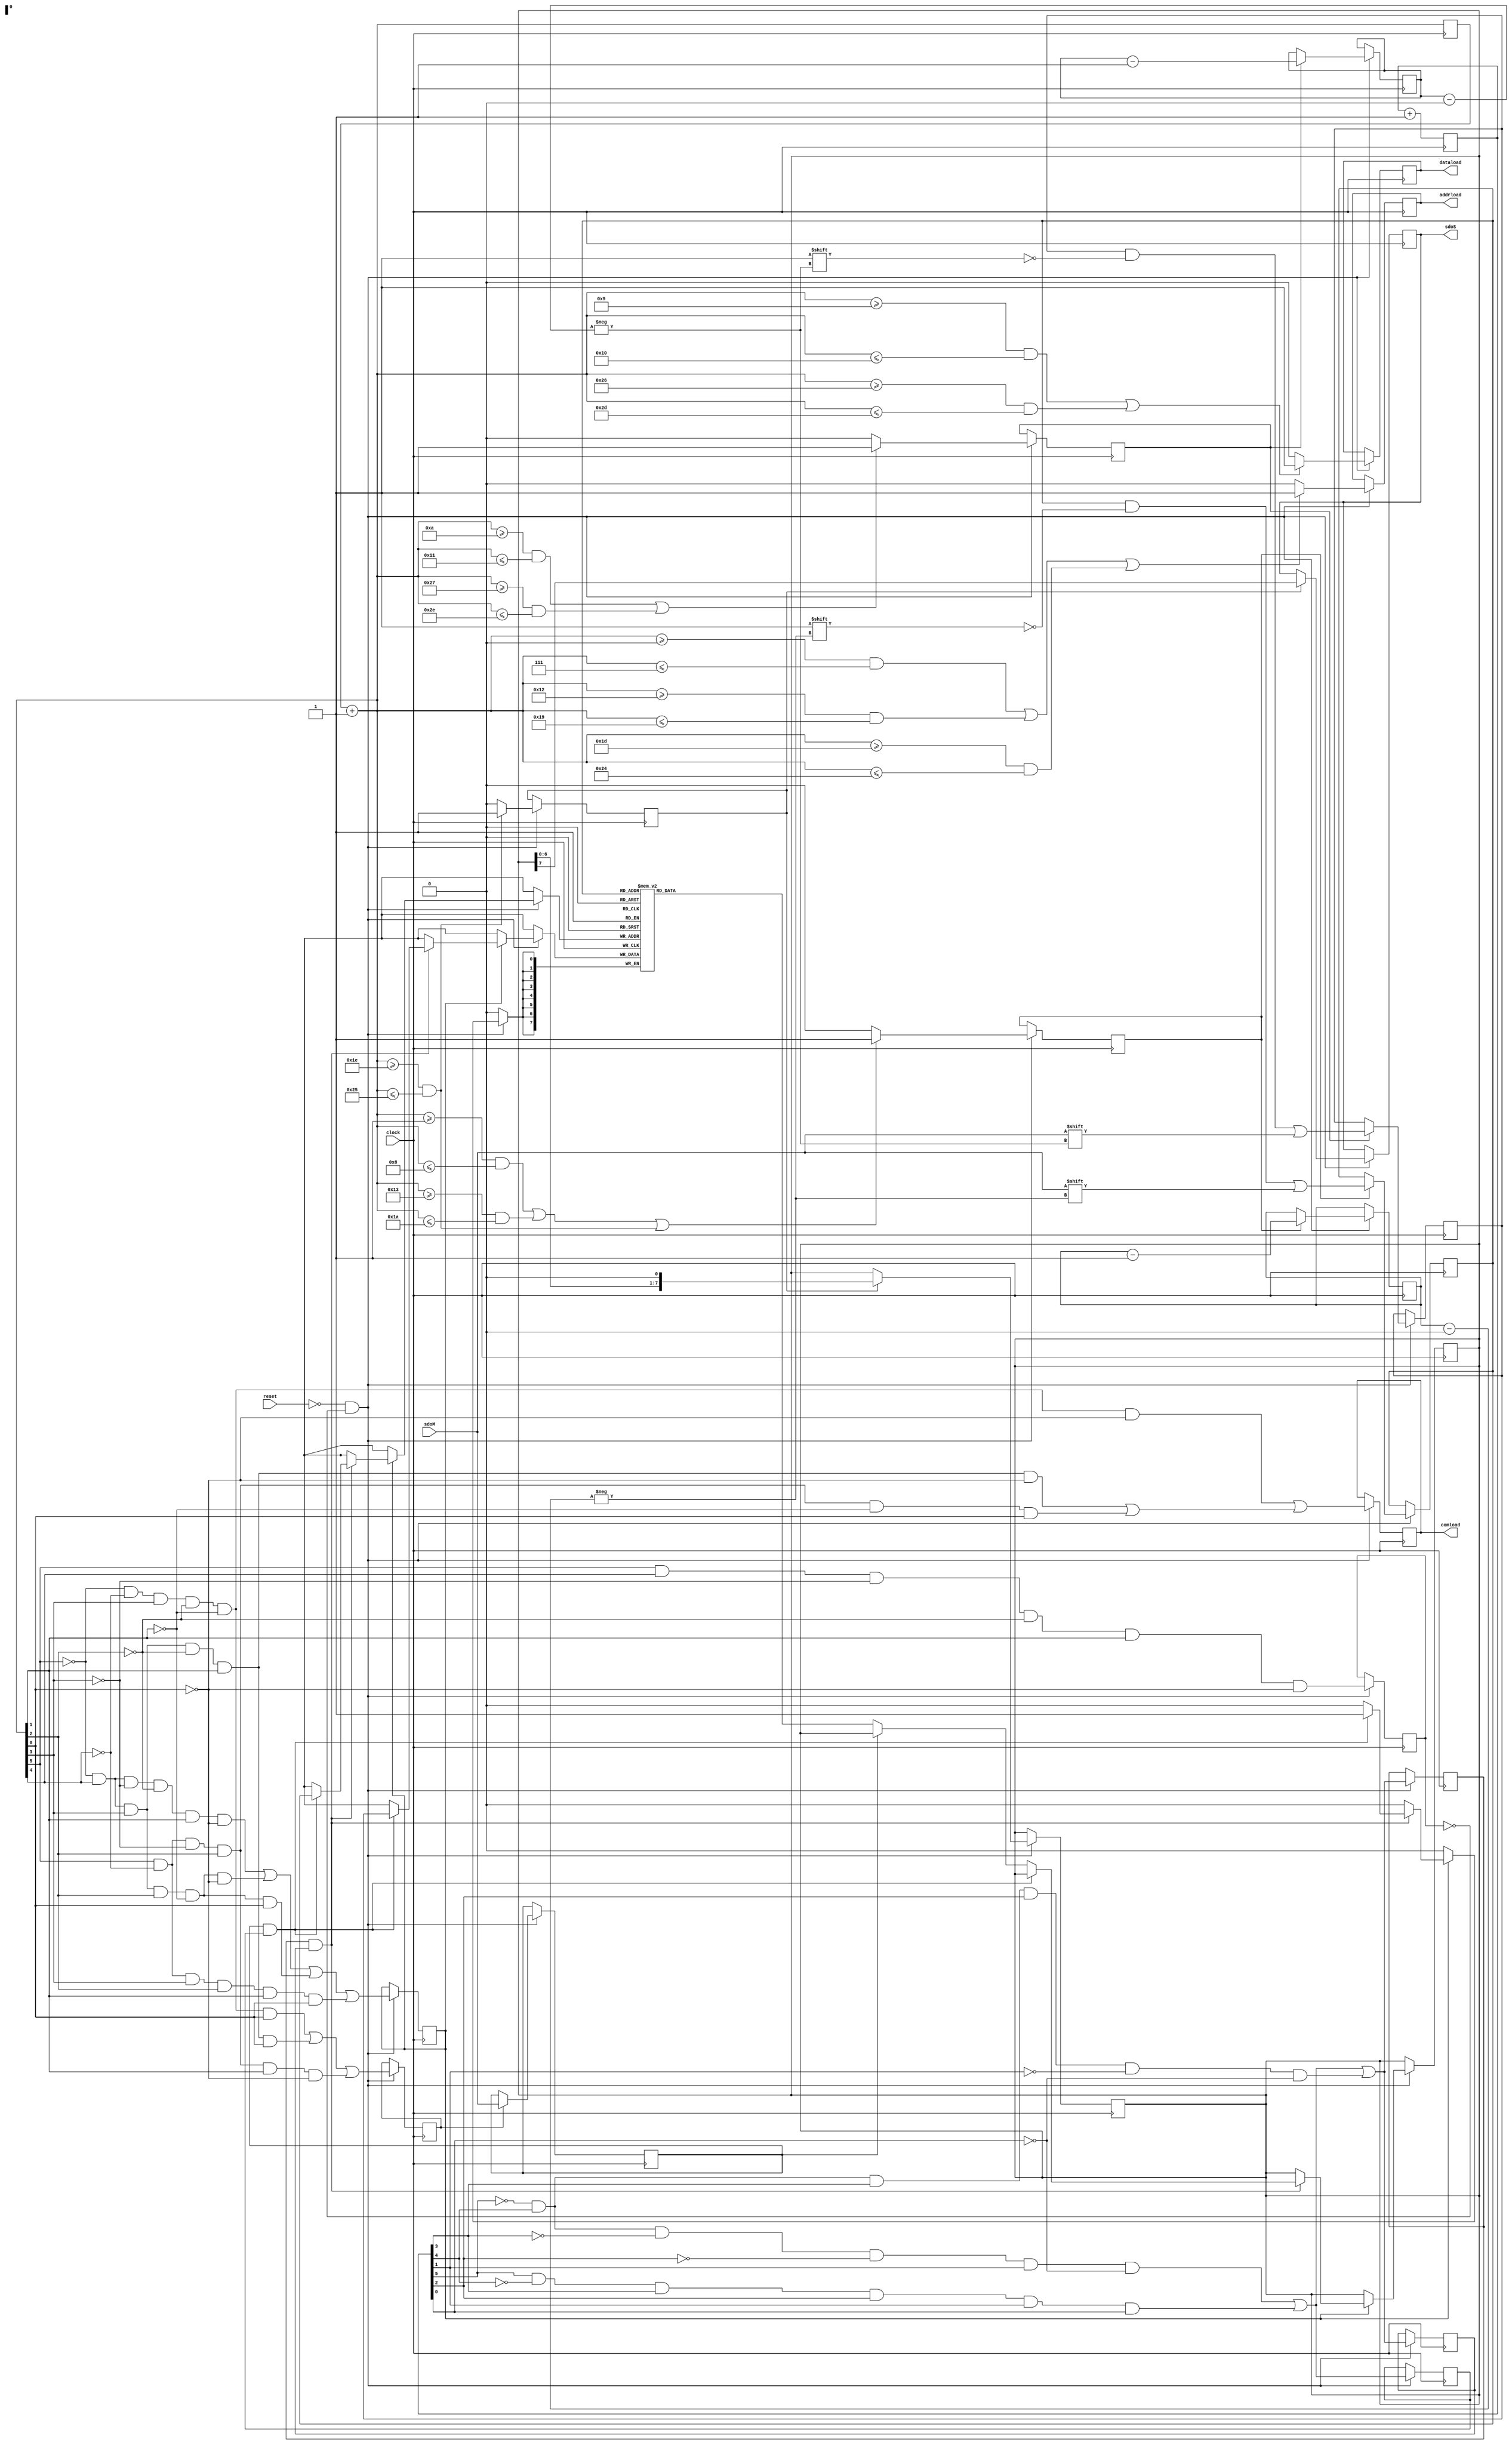
module spi(sdoS,clock,reset,sdoM,addrload,dataload,comload);

input reset,clock;
output addrload;
output dataload;
output comload;

input sdoM;

output sdoS;

reg ssbar,lcb,dataload,comload,addrload,shift,lab,ldb,de,ae,ce,commandbuf; /*made changes here*/
reg [5:0] a;
reg [5:0] temp;
reg [7:0] addrbuf;
reg [7:0] databuf;
reg [2:0] addrcount;
reg [2:0] datacount;
reg [2:0] outputcount;
reg [7:0] outputreg;
reg [7:0] sram [255:0];

reg [7:0] addr;
reg comm;
reg [7:0] din;
reg [7:0] dout;
reg regload;
reg regdataload;
reg resetext;
reg sdoS;
reg[7:0] i;

initial
begin
a <= -1;
temp <= 0;
de <= 0;
ae <= 0;
ce <= 0;
addrcount <= 7;
datacount <= 7;
outputcount <= 7;
resetext <= 0;
sram[31] <= 31;
sram[50] <= 50;
end

always @(negedge clock)
begin
a=a+1;
if(reset==0 && resetext==0)
begin
ssbar <= (~a[5]&a[4]&~a[3]&~a[2]&a[1]&~a[0]) | (~a[5]&a[4]&a[3]&a[2]&~a[1]&~a[0]) | (~a[5]&a[4]&a[3]&a[2]&~a[1]&a[0]) | (a[5]&~a[4]&a[3]&a[2]&a[1]&a[0]);
lcb <= (~a[5]&~a[4]&a[3]&~a[2]&~a[1]&a[0]) | (~a[5]&a[4]&a[3]&~a[2]&a[1]&a[0]) | (a[5]&~a[4]&~a[3]&a[2]&a[1]&~a[0]);
dataload <= (~a[5]&~a[4]&~a[3]&~a[2]&~a[1]&~a[0]) | (~a[5]&a[4]&~a[3]&~a[2]&a[1]&~a[0]);
ae <=(~temp[5]&temp[4]&~temp[3]&~temp[2]&temp[1]&~temp[0]) |(temp[5]&~temp[4]&temp[3]&temp[2]&temp[1]&temp[0]) | (~temp[5]&temp[4]&temp[3]&temp[2]&~temp[1]&~temp[0]);
ce <=(~temp[5]&temp[4]&~temp[3]&~temp[2]&temp[1]&~temp[0]) |(temp[5]&~temp[4]&temp[3]&temp[2]&temp[1]&temp[0]) | (~temp[5]&temp[4]&temp[3]&temp[2]&~temp[1]&~temp[0]);
de <=(~temp[5]&temp[4]&~temp[3]&~temp[2]&temp[1]&~temp[0]) | (temp[5]&~temp[4]&temp[3]&temp[2]&temp[1]&temp[0]);

/*Remove load and change ae,de*/

/*addrload <= (~a[5]&~a[4]&~a[3]&~a[2]&~a[1]&~a[0]) | (~a[5]&~a[4]&a[3]&~a[2]&~a[1]&a[0]) | (~a[5]&a[4]&a[3]&~a[2]&a[1]&a[0]);*/
/*comload <= (~a[5]&~a[4]&~a[3]&~a[2]&~a[1]&~a[0]) |  (~a[5]&~a[4]&a[3]&~a[2]&a[1]&~a[0]) | (~a[5]&a[4]&a[3]&a[2]&~a[1]&~a[0]);*/
resetext <= (a[5] & a[4] & ~a[3] & ~a[2] & a[1] & ~a[0]);

if((a>=1 && a<=8) || (a>=19 && a<=26) || (a>=30 && a<=37)) lab <= 1;
else lab<=0;
if((a>=0 && a<=7) || (a>=18 && a<=25) || (a>=29 && a<=36)) addrload <= 1;
else addrload<=0;

comload <= (~a[5]&~a[4]&a[3]&~a[2]&~a[1]&~a[0]) || (~a[5]&a[4]&a[3]&~a[2]&a[1]&~a[0]) | (a[5]&~a[4]&~a[3]&a[2]&~a[1]&a[0]);  /*8,26,37 */

if((a>=10 && a<=17) || (a>=39 && a<=46)) ldb <= 1;
else ldb <= 0;

if((a>=9 && a<=16) || (a>=38 && a<=45)) dataload <= 1;
else dataload <= 0;

if(a>=30 && a<=37) shift <=1;
else shift<=0;

if(lab==1)
begin
addrbuf[addrcount] <= sdoM;
addrcount <= addrcount - 1;
end

if(ldb==1)
begin
databuf[datacount] <= sdoM;
datacount <= datacount - 1;
end

if(lcb==1)
begin
commandbuf <= sdoM;
end

if(shift==1)
begin
sdoS <= dout[7];
dout <= dout << 1;
end
end
end

always @(posedge clock)
begin
temp=temp+1;
if(reset==0 && resetext==0)
begin
/* Reduced expression for counter-decoder scheme*/
if(ssbar==1)
begin

if(ae==1 && ce==1)
begin
/*$display("commandbuf %d de %d addrbuf %d sram %d ae %d ce %d",commandbuf,de,addrbuf,sram[addrbuf],ae,ce);*/
if(commandbuf==1 && de==1)
begin
sram[addrbuf] <= databuf;
/*$display("While writing %d",sram[addrbuf]);*/
end
else if(commandbuf==0)
begin
/*$display("While reading %d",sram[addrbuf]);*/
dout<=sram[addrbuf];
end
end
end

end
end
endmodule